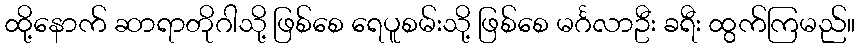
ထို့နောက် ဆာရာတိုဂါသို့ ဖြစ်စေ ရေပူစမ်းသို့ ဖြစ်စေ မင်္ဂလာဦး ခရီး ထွက်ကြမည်။